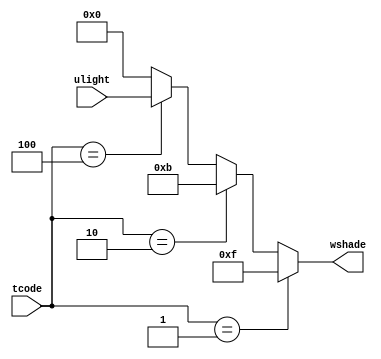
/*--  *******************************************************
--  Computer Architecture Course, Laboratory Sources 
--  Amirkabir University of Technology (Tehran Polytechnic)
--  Department of Computer Engineering (CE-AUT)
--  https://ce[dot]aut[dot]ac[dot]ir
--  *******************************************************
--  All Rights reserved (C) 2019-2020
--  *******************************************************
--  Student ID  : 
--  Student Name: 
--  Student Mail: 
--  *******************************************************
--  Additional Comments:
--
--*/

/*-----------------------------------------------------------
---  Module Name: Window Shade Degree
---  Description: Module4: 
-----------------------------------------------------------*/
`timescale 1 ns/1 ns

module WindowShadeDegree (
	input  [3:0] tcode  , // time code    [table2 time code   ]
	input  [3:0] ulight , // user light   [light degree mode  ]
	output [3:0] wshade   // shade level  [window shade level ]
);

	reg  [3:0] wshade1;
	
	always @(tcode  or ulight) begin
		if(tcode == 4'b0001) begin
			wshade1= 4'b1111;
			end
		else if (tcode == 4'b0010) begin
				wshade1= 4'b1011;
				end
		else if (tcode== 4'b0100) begin
				wshade1=ulight;
				end
		else if(tcode==4'b1000) begin
				wshade1=4'b0000;
				end
		else begin
				wshade1=4'b0000;
				end
		end
		assign wshade=wshade1;

endmodule